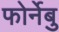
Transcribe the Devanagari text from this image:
फोर्नेबु